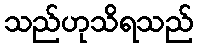
သည်ဟုသိရသည်